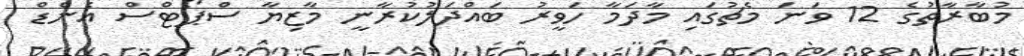
މުބާރާތުގެ 12 ވަނަ މެޗުގައި މާދަމާ ހަވީރު ބައްދަލުކުރާނީ މާޒިޔާ ސްޕޯޓްސް އެންޑް